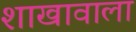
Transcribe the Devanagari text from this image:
शाखावाला